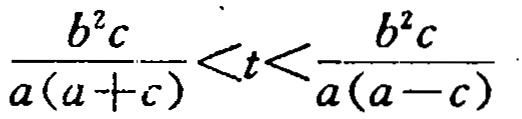
\frac{b^{2}c}{a(a + c)}<t<\frac{b^{2}c}{a(a - c)}